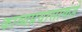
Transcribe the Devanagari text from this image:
काव्यप्रवासाकडे